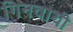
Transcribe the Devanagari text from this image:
गिनवायी